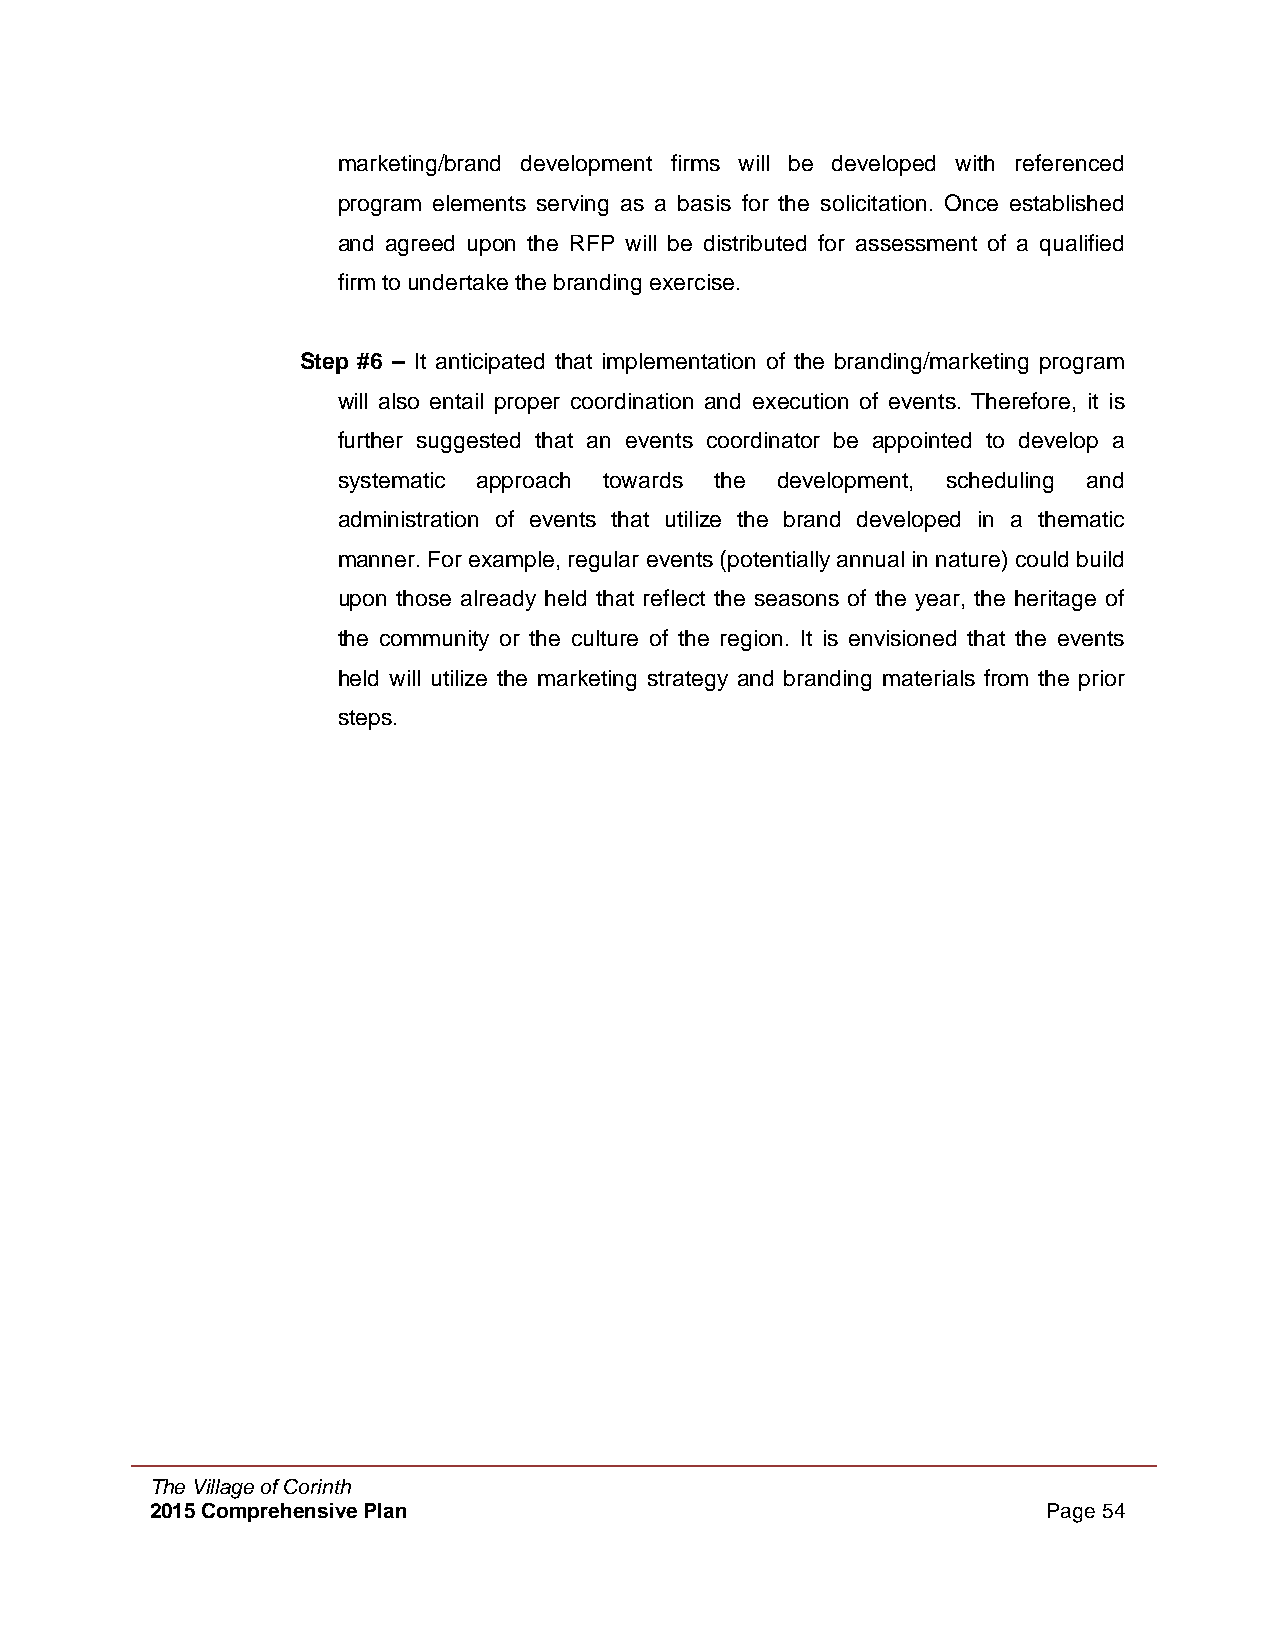
marketing/brand development firms will be developed with referenced
 program elements serving as a basis for the solicitation. Once established
 and agreed upon the RFP will be distributed for assessment of a qualified
 firm to undertake the branding exercise.
 Step #6 – It anticipated that implementation of the branding/marketing program
 will also entail proper coordination and execution of events. Therefore, it is
 further suggested that an events coordinator be appointed to develop a
 systematic approach towards the development, scheduling and
 administration of events that utilize the brand developed in a thematic
 manner. For example, regular events (potentially annual in nature) could build
 upon those already held that reflect the seasons of the year, the heritage of
 the community or the culture of the region. It is envisioned that the events
 held will utilize the marketing strategy and branding materials from the prior
 steps.
 The Village of Corinth
 2015 Comprehensive Plan                                    Page 54